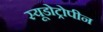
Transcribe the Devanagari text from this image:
स्यूडोट्रोपीन